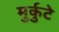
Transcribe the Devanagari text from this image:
मुर्कुटे